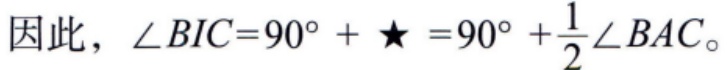
因此，\(\angle BIC = 90^{\circ}+\bigstar=90^{\circ}+\frac{1}{2}\angle BAC\)。